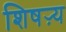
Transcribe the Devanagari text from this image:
शिषऱ्य